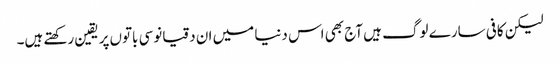
‌لیکن کافی سارے لوگ ہیں آج بھی اس دنیا میں‌ ان دقیانوسی باتوں‌پر یقین رکھتے ہیں۔